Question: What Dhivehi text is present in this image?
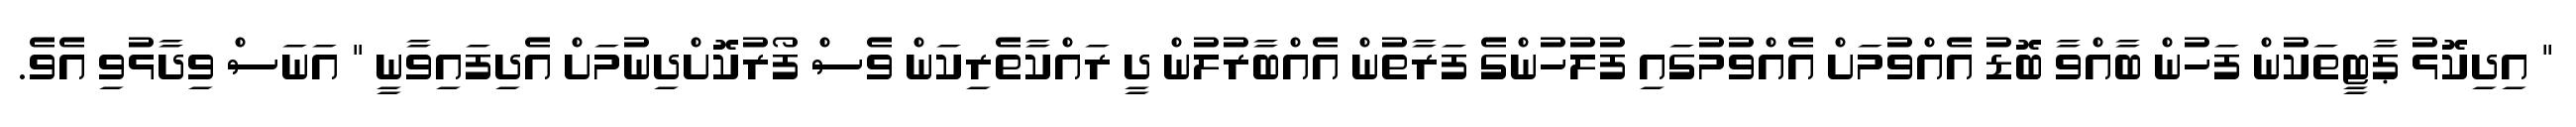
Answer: " އިދިކޮޅު ޕާޓީތަކުން ފަހުން ބާއްވާ ބޮޑު އެއްވުމަށް އެއްވުމުގައި ފުލުހުންގެ ފަރާތުން އެއްބާރުލުން ދީ ރައްކާތެރިކަން ވެސް ފޯރުކޮށްދިނުމަށް އެދިފައިވާނީ " އަނަސް ވިދާޅުވި އެވެ.